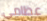
عظامي